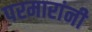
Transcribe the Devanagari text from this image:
परमारांनी